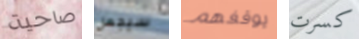
صاحية سيجعل يوقفهم كسرت